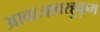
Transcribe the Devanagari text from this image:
आवाजाबरहुकूम